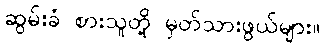
ဆွမ်းခံ စားသူတို့ မှတ်သားဖွယ်များ။